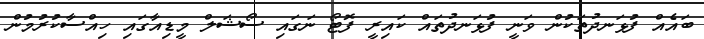
ބައެއް ފުޅަނދުތަކުން ވަނީ ފުޅަނދުތައް ކައިރީ ފޮޓޯ ނަގައި ސޯޝަލް މީޑިއާގައި ހިއްސާކުރުމުން